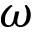
\omega